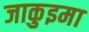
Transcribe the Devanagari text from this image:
जाकुइमा